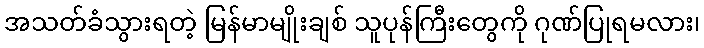
အသတ်ခံသွားရတဲ့ မြန်မာမျိုးချစ် သူပုန်ကြီးတွေကို ဂုဏ်ပြုရမလား၊